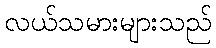
လယ်သမားများသည်